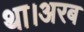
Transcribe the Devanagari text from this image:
था।अरब